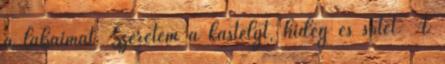
a lábaimat. Szeretem a kastélyt, hideg és sötét. A